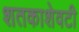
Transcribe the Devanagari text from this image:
शतकाशेवटी